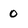
Character: 0